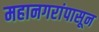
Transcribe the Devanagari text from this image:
महानगरांपासून